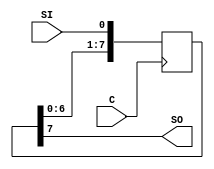
/*

 y = x + y(n-1) - y(n-2) / 32 - y(n-3) / 8 - x(n-1)/32 

 A6+B5-B4/32-B3/8-A5/32

 shit registers

 Xilinx Synthesis Technology
(XST) User Guide

 https://www.electronicshub.org/shift-registers/

search: 4 bit shift register
*/

/*
Following is the Verilog code for an 8-bit shift-left register with a
positive-edge clock, serial in, and serial out.
*/

/*
8-bit Shift-Left Register with 

Positive-Edge Clock,
Serial In, and 
Serial Out

IO Pins Description
-------------------
C  Positive-Edge Clock
SI Serial In
SO Serial Output

*/
module shift_0 (C, SI, SO);
  input C,SI;
  output SO;
  reg [7:0] tmp;

  always @(posedge C)
    begin
    tmp = tmp << 1;
    tmp[0] = SI;
  end
  assign SO = tmp[7];
endmodule

/*
8-bit Shift-Left Register with 

Negative-Edge Clock,
Clock Enable, 
Serial In, and 
Serial Out

IO Pins Description
C  Negative-Edge Clock
SI Serial In
CE Clock Enable (active High)
SO Serial Output
*/

module shift_1 (C, CE, SI, SO);
  input C,SI, CE;
  output SO;
  reg [7:0] tmp;

  always @(negedge C)
  begin
    if (CE)
    begin
      tmp = tmp << 1;
      tmp[0] = SI;
    end
  end
  assign SO = tmp[7];
endmodule

/*
8-bit Shift-Left Register with 

Positive-Edge Clock,
Asynchronous Clear, 
Serial In, and 
Serial Out

IO  Pins Description
C   Positive-Edge Clock
SI  Serial In
CLR Asynchronous Clear (active High)
SO  Serial Output
*/
module shift_2 (C, CLR, SI, SO);
  input C,SI,CLR;
  output SO;
  reg [7:0] tmp;
  always @(posedge C or posedge CLR)
  begin
  if (CLR)
    tmp = 8'b00000000;
  else
    begin
     tmp = {tmp[6:0], SI};
    end
  end
  assign SO = tmp[7];
endmodule


/*
8-bit Shift-Left Register with 

Positive-Edge Clock,
Synchronous Set, 
Serial In, and 
Serial Out

Pag 84

IO Pins Description
C Positive-Edge Clock
SI Serial In
S Synchronous Set (active High)
SO Serial Output
*/


module shift_3 (C, S, SI, SO);
 input C,SI,S;
 output SO;
 reg [7:0] tmp;

 always @(posedge C)
 begin
  if (S)
   tmp = 8'b11111111;
  else
  begin
   tmp = {tmp[6:0], SI};
  end
 end

 assign SO = tmp[7];
endmodule

/*
8-bit Shift-Left Register with 
Positive-Edge Clock,
Serial In, and 
Parallel Out
Pag 86

IO Pins Description
C Positive-Edge Clock
SI Serial In
PO[7:0] Parallel Output
*/
module shift_4 (C, SI, PO);
 input C,SI;
 output [7:0] PO;
 reg [7:0] tmp;
 always @(posedge C)
 begin
  tmp = {tmp[6:0], SI};
 end
 assign PO = tmp;
endmodule

/*
8-bit Shift-Left Register with 
Positive-Edge Clock,
Asynchronous Parallel Load, 
Serial In, and 
Serial Out
Pag 88

IO Pins Description
C      Positive-Edge Clock
SI     Serial In
ALOAD  Asynchronous Parallel Load (active High)
D[7:0] Data Input
SO     Serial Output
*/

module shift_5 (C, ALOAD, SI, D, SO);
 input C,SI,ALOAD;
 input [7:0] D;
 output SO;
 reg [7:0] tmp;

 always @(posedge C or posedge ALOAD)
 begin
  if (ALOAD)
   tmp = D;
  else
  begin
   tmp = {tmp[6:0], SI};
  end
 end
 assign SO = tmp[7];
endmodule

/*
8-bit Shift-Left Register with 
Positive-Edge Clock,
Synchronous Parallel Load, 
Serial In, and 
Serial Out
Pag 89

IO     Pins Description
C      Positive-Edge Clock
SI     Serial In
SLOAD  Synchronous Parallel Load (active High)
D[7:0] Data Input
SO     Serial Output
*/
module shift_6 (C, SLOAD, SI, D, SO);
 input C,SI,SLOAD;
 input [7:0] D;
 output SO;
 reg [7:0] tmp;
 always @(posedge C)
 begin
  if (SLOAD)
   tmp = D;
  else
 begin
  tmp = {tmp[6:0], SI};
 end
 end
 assign SO = tmp[7];
endmodule


/*
8-bit Shift-Left/Shift-Right Register with 
Positive-Edge Clock, 
Serial In, and 
Parallel Out

Pag 91

IO         Pins Description
C          Positive-Edge Clock
SI         Serial In
LEFT_RIGHT Left/right shift mode selector
PO[7:0]    Parallel Output
*/

module shift_7 (C, SI, LEFT_RIGHT, PO);
 input C,SI,LEFT_RIGHT;
 output PO;
 reg [7:0] tmp;
 always @(posedge C)
 begin

  if (LEFT_RIGHT==1'b0)
   begin
    tmp = {tmp[6:0], SI};
   end
  else
   begin
    tmp = {SI, tmp[6:0]};
   end
 end
 assign PO = tmp;
endmodule

/*
8-bit Shift-Left/Shift-Right Register with 
Positive-Edge Clock, 
Paralell In 
Parallel Out, and
SI         Serial In

*/

/*
8-bit Shift-Left Register with 
Positive-Edge Clock,
Asynchronous Parallel Load, 
Serial In, and 
Serial Out
Pag 88

IO Pins Description
C      Positive-Edge Clock
SI     Serial In
ALOAD  Asynchronous Parallel Load (active High)
D[7:0] Data Input
SO     Serial Output
*/

module shift_8 #(parameter Nbits = 8) 
 (C, ALOAD, D, Q, LEFT_RIGHT);
 
 input C, ALOAD, LEFT_RIGHT;
 input [Nbits-1:0] D;
 output [Nbits-1:0] Q;
  
 reg [Nbits-1:0] tmp;

 always @(posedge C or posedge ALOAD)
 begin
  if (ALOAD)
   tmp <= D;
  else begin
  if (C)
   tmp <= LEFT_RIGHT? tmp<<1: tmp>>1;
  end
 end
 assign Q = tmp;
endmodule


module SRS (clk, si, q, clr, z, en);
input clk, si, clr,z, en;
output [8:0] q;
reg [8:0] tmp;

always @(posedge clk or posedge clr)

 begin
  if (clr) tmp = 9'b000000000; 
  else
    if (en) begin
    tmp = tmp >> 1;
    tmp[8] = si;
    end else tmp = tmp;
 end
 
 assign q = z?tmp:9'bzzzzzzzzz;
endmodule


/*
16-bit dynamic shift register.

The following table shows pin definitions for a dynamic register. The
register can be either serial or parallel; be left, right or parallel; have a
synchronous or asynchronous clear; and have a width up to 16 bits.
Pag 93 2-69 XST User Guide

IO Pins Description
---------------------
Clk   Positive-Edge Clock
SI    Serial In
AClr  Asynchronous Clear (optional)
SClr  Synchronous Clear (optional)
SLoad Synchronous Parallel Load (optional)

Data           Parallel Data Input Port (optional)
ClkEn          Clock Enable (optional)
LeftRight      Direction selection (optional)
SerialInRight  Serial Input Right for Bidirectional Shift Register (optional)
PSO[x:0]       Serial or Parallel Output

*/
module dynamic_srl (Q,CE,CLK,D,A);
input CLK, D, CE;
input [3:0] A;
output Q;
reg [15:0] data;
assign Q = data[A];
always @(posedge CLK)
begin
if (CE == 1'b1)
{data[15:0]} <= {data[14:0], D};
end
endmodule